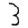
Digit: 3